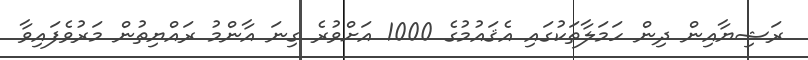
ރަޝިޔާއިން ދިން ހަމަލާތަކުގައި އެޤައުމުގެ 1000 އަށްވުރެ ގިނަ އާންމު ރައްޔިތުން މަރުވެފައިވާ